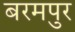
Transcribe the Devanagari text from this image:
बरमपुर